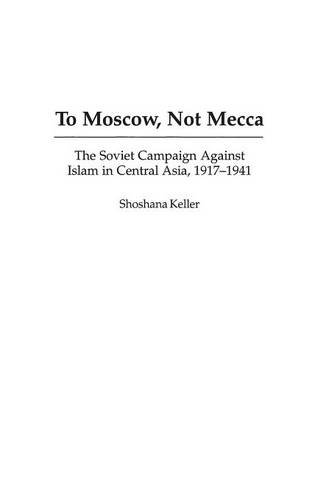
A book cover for To Moscow, Not Mecca: The Soviet Campaign Against Islam in Central Asia, 1917-1941; Shoshana Keller; Religion & Spirituality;